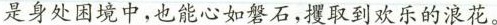
是身处困境中，也能心如餐石,提取到欢乐的浪花。